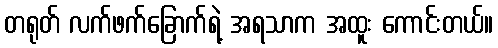
တရုတ် လက်ဖက်ခြောက်ရဲ့ အရသာက အထူး ကောင်းတယ်။